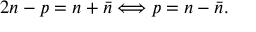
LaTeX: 2 n - p = n + \bar { n } \Longleftrightarrow p = n - \bar { n } .